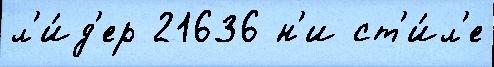
л'и́д'ер 21636 н'и ст'и́л'е